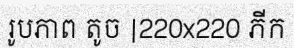
រូបភាព តូច |220x220 ភីក